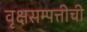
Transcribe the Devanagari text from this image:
वृक्षसम्पत्तीची